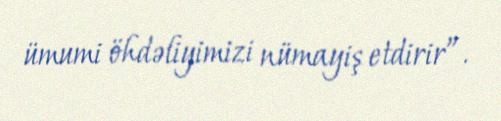
ümumi öhdəliyimizi nümayiş etdirir”.